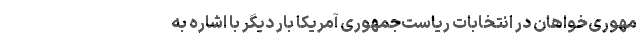
مهوری‌خواهان در انتخابات ریاست‌جمهوری آمریکا بار دیگر با اشاره به